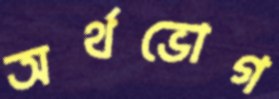
অর্থভোগ